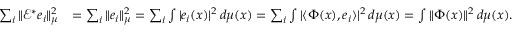
\begin{array} { r l } { \sum _ { i } \| \mathcal E ^ { * } e _ { i } \| _ { \mu } ^ { 2 } } & { = \sum _ { i } \| e _ { i } \| _ { \mu } ^ { 2 } = \sum _ { i } \int | e _ { i } ( x ) | ^ { 2 } \, d \mu ( x ) = \sum _ { i } \int | \langle \Phi ( x ) , e _ { i } \rangle | ^ { 2 } \, d \mu ( x ) = \int \| \Phi ( x ) \| ^ { 2 } \, d \mu ( x ) . } \end{array}